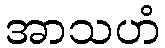
အာသဟံ